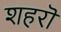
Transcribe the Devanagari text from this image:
शहरॊ